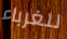
للغرباء